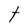
Character: t